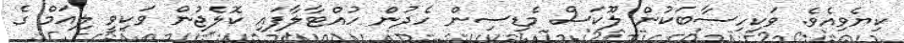
ކިޔެވިއެވެ. ވަކިހިސާބަކުން ލޫކަސް މެޑިސިން ހެދުން ހުއްޓާލާފައި ކޮލެޖުން ވަކިވީ ލިއަމް ގެ